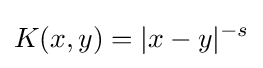
K(x,y)=|x-y|^{-s}